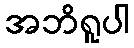
အဘိရူပါ